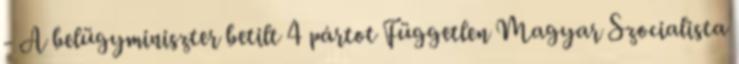
- A belügyminiszter betilt 4 pártot Független Magyar Szocialista